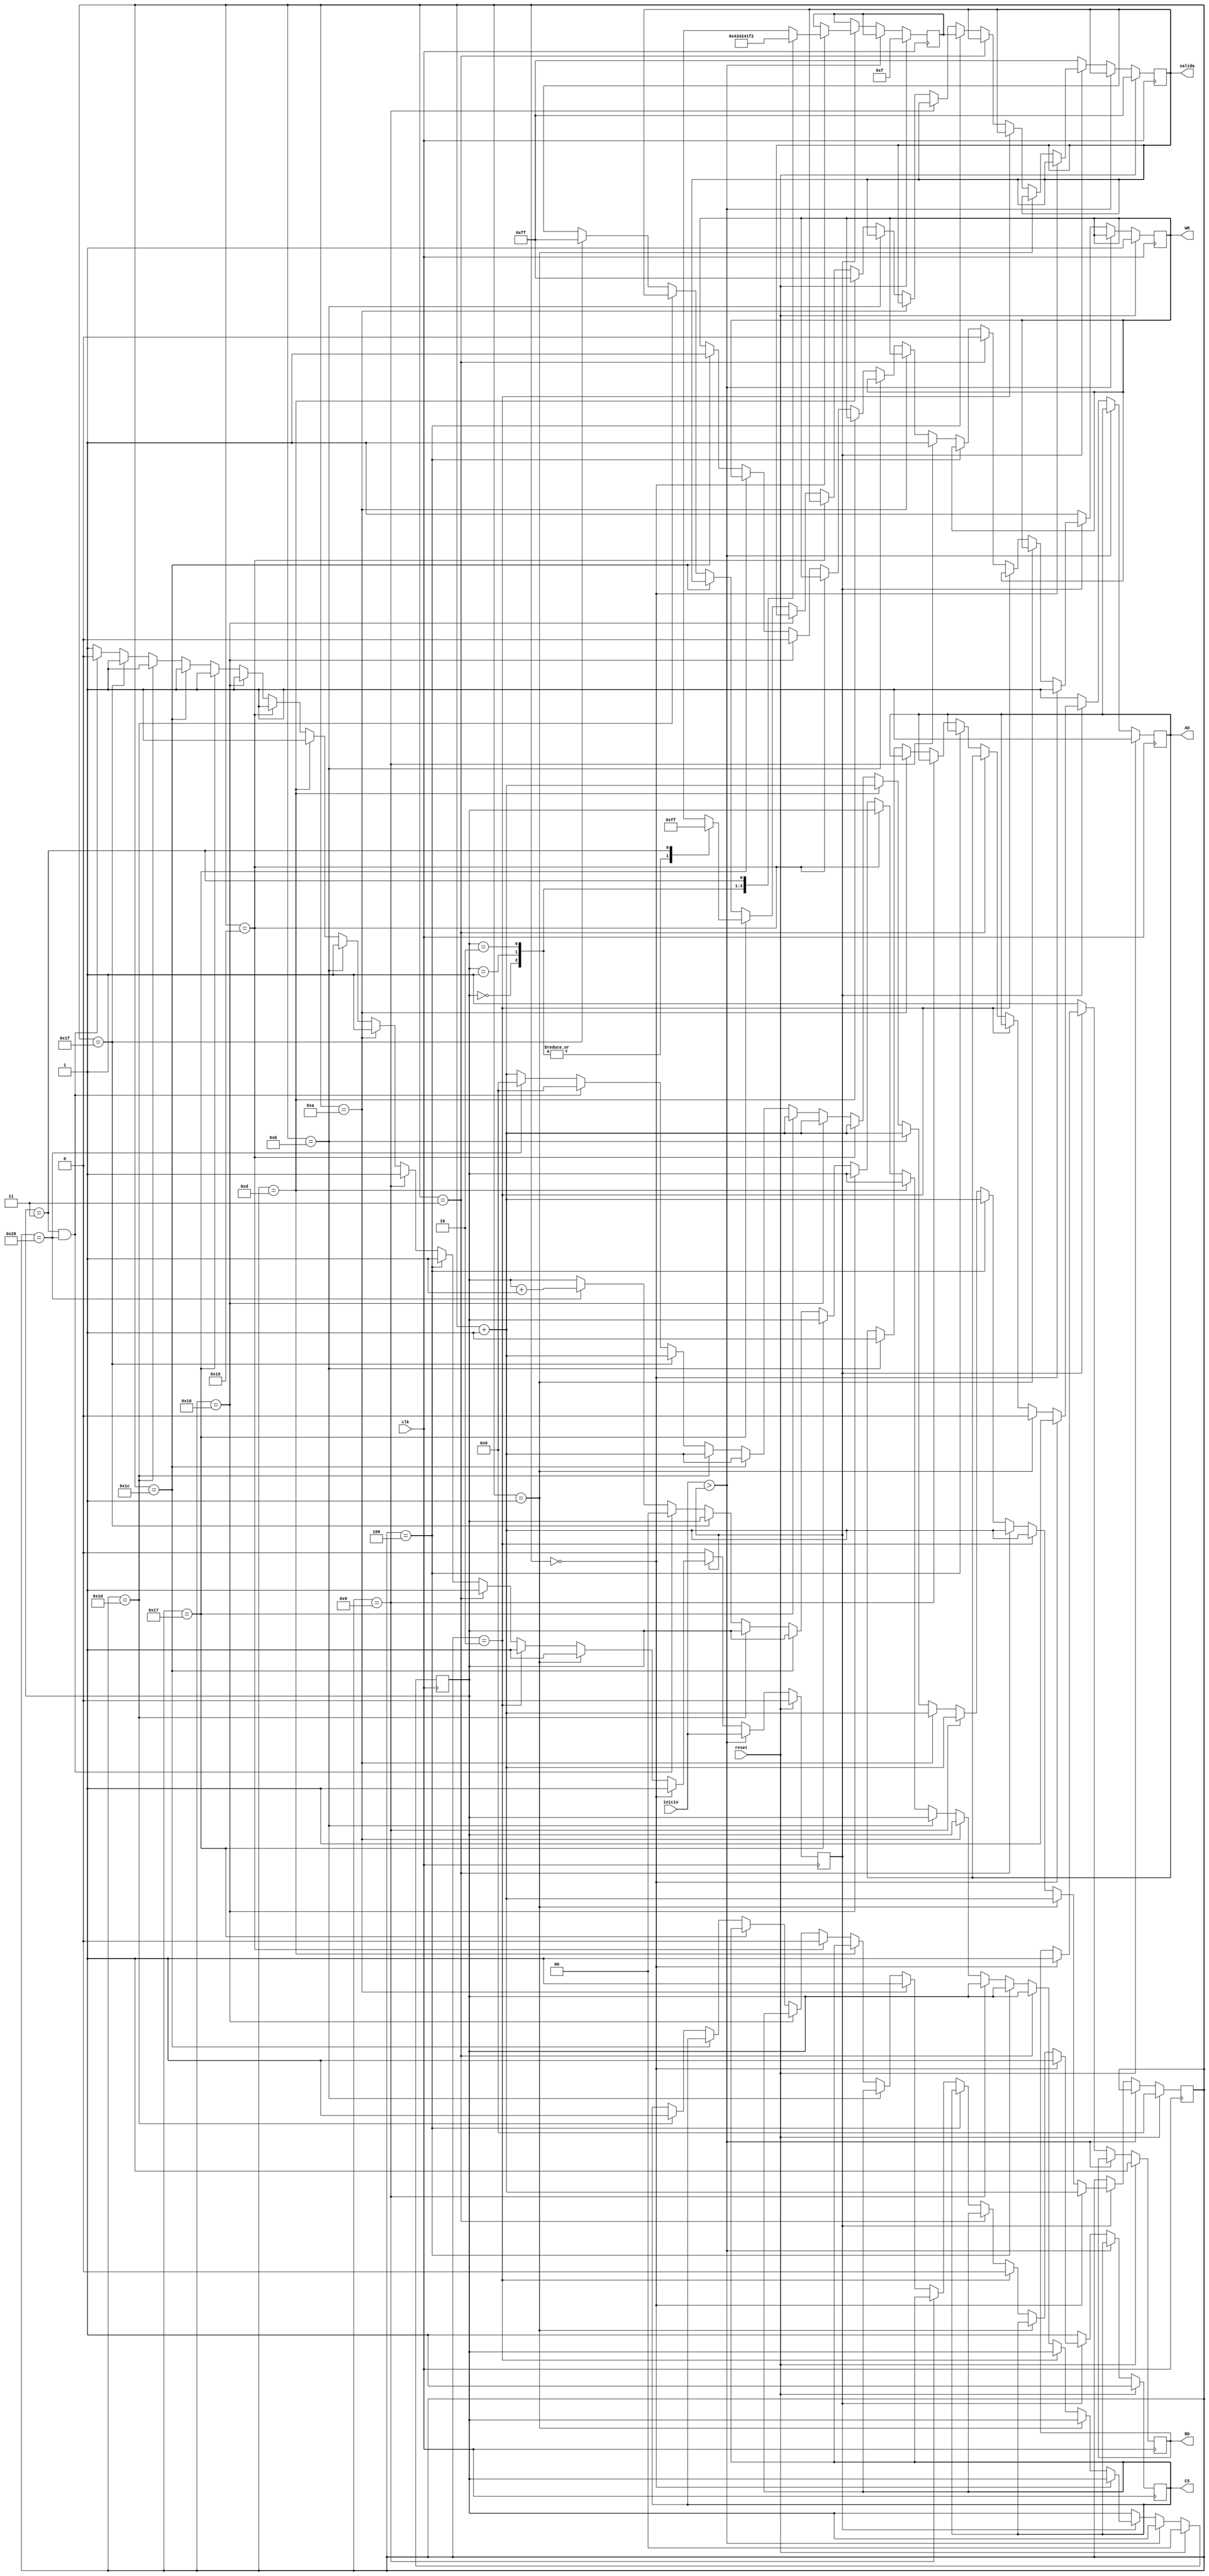
`timescale 1ns / 1ps
//////////////////////////////////////////////////////////////////////////////////
// Company: 
// Engineer: 
// 
// Design Name: 
// Module Name: timer
// Project Name: 
// Target Devices: 
// Tool Versions: 
// Description: 
// 
// Dependencies: 
// 
// Revision:
// Revision 0.01 - File Created
// Additional Comments:
// 
//////////////////////////////////////////////////////////////////////////////////
module timer(
    clk,
	reset,
	inicio,
	salida,
    CS, RD, WR, AD
    );
    
    parameter bus = 8;
    input clk;
    input reset;
    input inicio;
    output reg [bus-1:0] salida;
    output reg CS, RD, WR, AD;
    
    //  Seales internas
    reg [5:0] contador;
    reg [1:0] contadd;
    reg [7:0] direccion;
    reg inicio_reg;

    always @(posedge clk)
    begin
	   if (reset)
	       begin
	           CS<=1'h1;
	           RD<=1'h1;
	           WR<=1'h1;
	           AD<=1'h1;
	           salida<=8'hff;
	           contador<=0;
	           contadd<=0;
	           inicio_reg<=0;	
	           direccion<=8'h0f;
	       end
	   else if (inicio>inicio_reg) inicio_reg<=inicio;
	   else if (inicio_reg==1) 
	       begin
	           if (contador==0)
	           begin
	               case (contadd)
		              2'b00:direccion<=8'h43;
		              2'b01:direccion<=8'h42;
                	  2'b10:direccion<=8'h41; 
		              2'b11:direccion<=8'hf2;
		              default direccion<=8'h43;
	               endcase
	               CS<=1;
	               RD<=1;
	               WR<=1;
	               AD<=1;
	               contador<=contador+1'b1;
	           end
		else if (contador==1)
	       begin
		      AD<=0;
		      contador<=contador+1'b1;
	       end
	    else if(contador==2)
           begin
		      CS<=0;
		      contador<=contador+1'b1;
		   end
	    else if (contador==3)
		   begin
		      WR<=0;
		      contador<=contador+1'b1;
		   end
	    else if (contador==4)
		   begin
    		  salida<=direccion;
		      contador<=contador+1'b1;
		   end
	    else if (contador==9)
		   begin
		      WR<=1;
		      contador<=contador+1'b1;
		   end
	    else if (contador==10)
		   begin
		      CS<=1;
		      contador<=contador+1'b1;
		   end
	    else if (contador==11)
		   begin
		      AD<=1;
		      contador<=contador+1'b1;
		   end
	    else if (contador==13)
		   begin
		      salida<=8'hff;
		      contador<=contador+1'b1;
		   end
	    else if (contador==21)
		   begin
		      CS<=0;
		      contador<=contador+1'b1;
		   end
	    else if (contador==22)
		   begin
		      WR<=0;
              contador<=contador+1'b1;
		   end
    	else if (contador==23)
		    begin
		      case(contadd)
		          2'b00:salida<=8'h00;
		          2'b01:salida<=8'h00;
		          2'b10:salida<=8'h00; 
                  2'b11:salida<=8'hff;
		          default salida<=8'h00;
	          endcase
		   contador<=contador+1'b1;
		   end
	    else if (contador==28)
            begin
              WR<=1;
		      contador<=contador+1'b1;
		    end
	    else if (contador==29)
		    begin
		      CS<=1;
		      contador<=contador+1'b1;
		    end
	    else if (contador==31)
		    begin
		      salida<=8'hff;
		      contador<=contador+1'b1;
		    end
	    else if (contadd==3 && contador==40)
		    begin
		      contadd<=0;
		      contador<=0;
		      inicio_reg<=0;
		    end
	    else if (contador==40)
		    begin
		      contador<=0;
		      contadd<=contadd+1'b1;
		    end
	    else contador<=contador+1'b1;
    end
	else
	   begin
	   salida<=8'hff;
	   CS<=1'h1;
	   RD<=1'h1;
	   WR<=1'h1;
	   AD<=1'h1;
	end
    end
endmodule